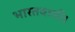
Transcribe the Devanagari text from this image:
भारतवासी।